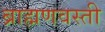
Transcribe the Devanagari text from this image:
ब्राह्मणवस्ती